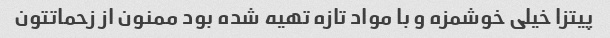
پیتزا خیلی خوشمزه و با مواد تازه تهیه شده بود ممنون از زحماتتون